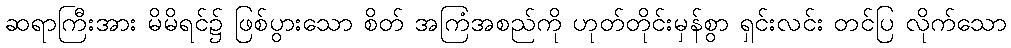
ဆရာကြီးအား မိမိရင်၌ ဖြစ်ပွားသော စိတ် အကြံအစည်ကို ဟုတ်တိုင်းမှန်စွာ ရှင်းလင်း တင်ပြ လိုက်သော